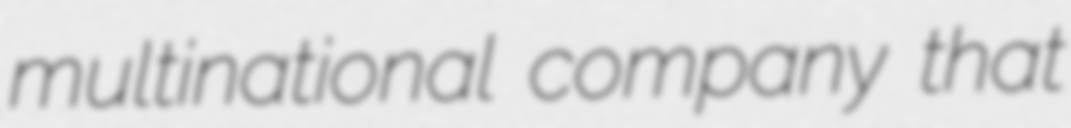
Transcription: multinational company that